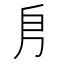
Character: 㐆